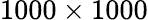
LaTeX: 1000\times 1000